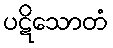
ပဋိသောတံ